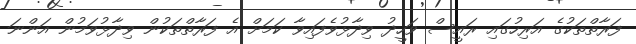
ފަރާތްތަކުގެ އަރިހުގައި ރައީސް ވަހީދު ވިދާޅުވެފައިވާ ކަމަށް އެ ފަރާތްތަކުން ވިދާޅުވަމުން އަންނަ